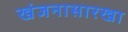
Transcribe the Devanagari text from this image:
खंजनासारखा